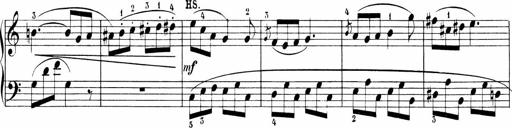
Title: Sonatinen Op.47, 98 und 136, nebst 6 Liedersonatinen
Composer: Carl Reinecke